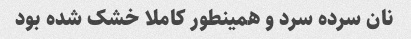
نان سرده سرد و همینطور کاملا خشک شده بود